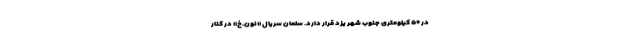
در ۵۰ کیلومتری جنوب شهر یزد قرار دارد. سلمان سریال «نون.خ» در کنار